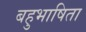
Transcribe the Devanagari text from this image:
बहुभाषिता